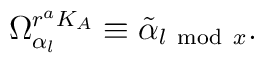
\Omega^{r^{a}K_A}_{\alpha_l} \equiv \tilde{\alpha}_{l {\rm ~mod~}x}.